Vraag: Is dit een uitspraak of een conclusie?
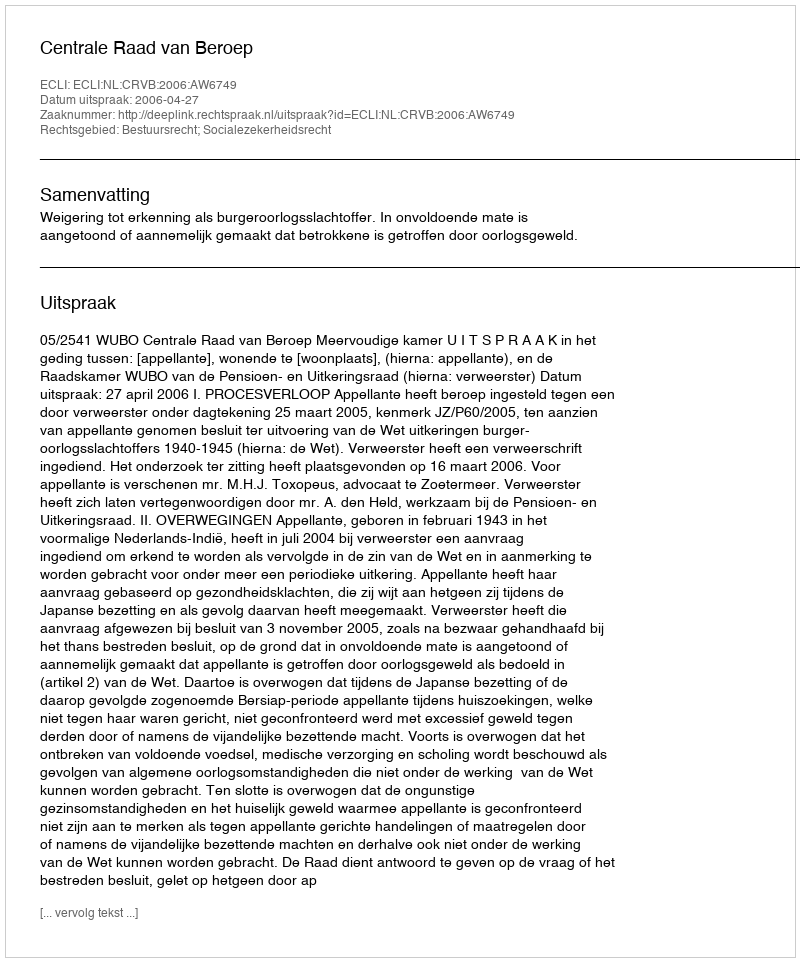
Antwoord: Uitspraak